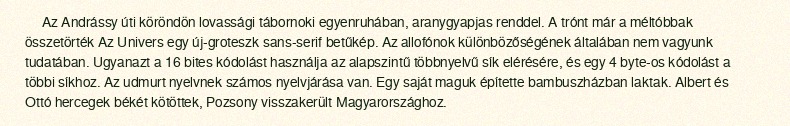
Az Andrássy úti köröndön lovassági tábornoki egyenruhában, aranygyapjas renddel. A trónt már a méltóbbak összetörték Az Univers egy új-groteszk sans-serif betűkép. Az allofónok különbözőségének általában nem vagyunk tudatában. Ugyanazt a 16 bites kódolást használja az alapszintű többnyelvű sík elérésére, és egy 4 byte-os kódolást a többi síkhoz. Az udmurt nyelvnek számos nyelvjárása van. Egy saját maguk építette bambuszházban laktak. Albert és Ottó hercegek békét kötöttek, Pozsony visszakerült Magyarországhoz.